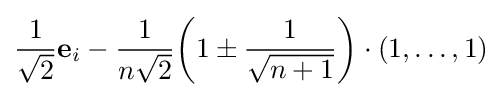
{\frac {1}{\sqrt {2}}}\mathbf {e} _{i}-{\frac {1}{n{\sqrt {2}}}}{\bigg (}1\pm {\frac {1}{\sqrt {n+1}}}{\bigg )}\cdot (1,\dots ,1)